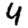
Digit: 4